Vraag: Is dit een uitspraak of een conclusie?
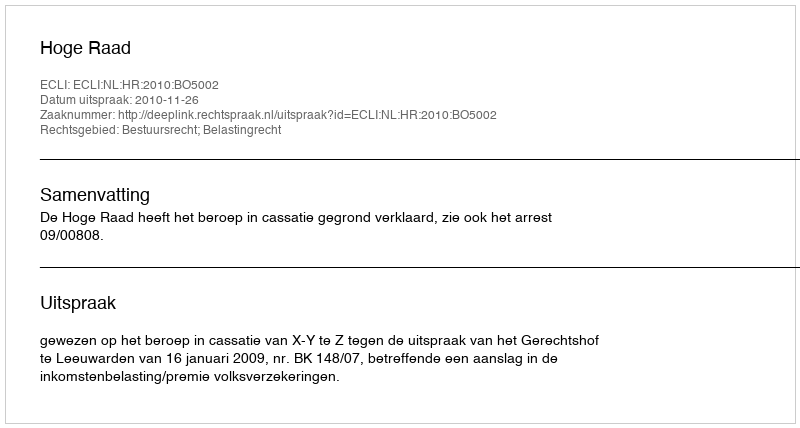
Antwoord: Uitspraak